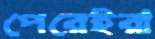
পেরেইরা